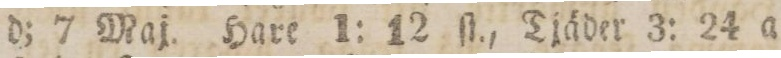
d. 7 Maj. Hare 1: 12 ſt., Tjäder 3: 24 a